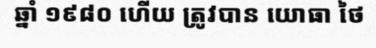
ឆ្នាំ ១៩៨០ ហើយ ត្រូវបាន យោធា ថៃ